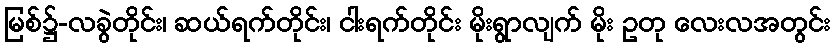
မြစ်၌-လခွဲတိုင်း၊ ဆယ်ရက်တိုင်း၊ ငါးရက်တိုင်း မိုးရွာလျက် မိုး ဥတု လေးလအတွင်း